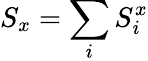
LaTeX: S_{x}=\sum_{i}S_{i}^{x}